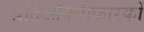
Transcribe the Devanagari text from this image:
प्रतिऑक्सीकारकों